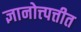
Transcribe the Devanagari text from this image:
ज्ञानोत्त्पत्तीत